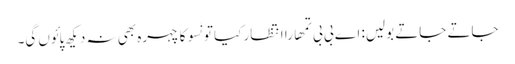
جاتے جاتے بولیں: اے بی بی تمھارا انتظار کیا تو نَسو کا چہرہ بھی نہ دیکھ پائوں گی۔